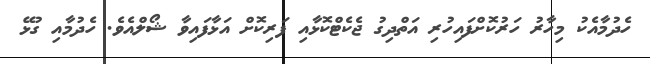
ހެދުމާއެކު މިހާރު ހަރުކޮށްފައިހުރި އަތްދިގު ޖެކެޓްކޮޅާއި ފަރިކޮށް އަޅާފައިވާ ޝޯލްއެވެ. ހެދުމާއި ގުޅޭ